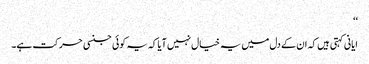
‘‘
ایانی کہتی ہیں کہ ان کے دل میں یہ خیال نہیں آیا کہ یہ کوئی جنسی حرکت ہے۔